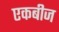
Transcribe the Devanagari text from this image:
एकबीज